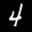
Label: 4